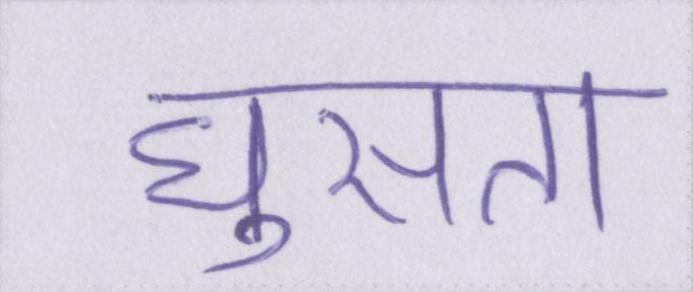
घुसता